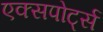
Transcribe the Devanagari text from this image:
एक्सपोर्ट्स